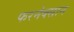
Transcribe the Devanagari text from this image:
फरनेक्सान